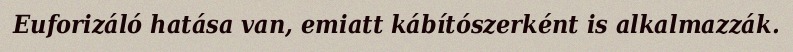
Euforizáló hatása van, emiatt kábítószerként is alkalmazzák.